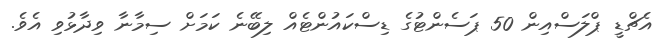
އެޗްޑީ ޕްލަސްއިން 50 ޕަސެންޓުގެ ޑިސްކައުންޓެއް ލިބޭނެ ކަމަށް ސިމާނާ ވިދާޅުވި އެވެ.